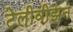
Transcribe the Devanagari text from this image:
टेलीवीझन